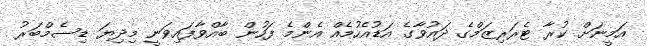
އަމީނަށް ކުރާ ޓެރަރިޒަމްގެ ދައުވާގެ އަޑުއެހުމެއް އެންމެ ފަހުން ބާއްވާފައިވަނީ މިދިޔަ ޑިސެމްބަރު